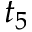
t _ { 5 }